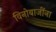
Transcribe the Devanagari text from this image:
विनोबाजींना